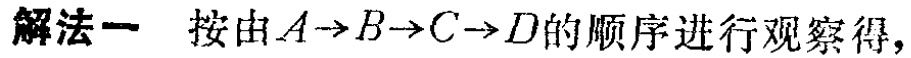
解法一 按由\(A\rightarrow B\rightarrow C\rightarrow D\)的顺序进行观察得，